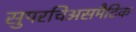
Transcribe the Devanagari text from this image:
सुपरचिअसमैटिक